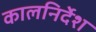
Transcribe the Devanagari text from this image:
कालनिर्देश